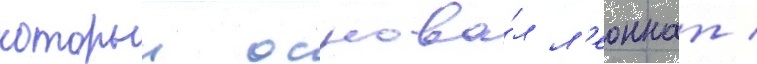
которыи основа́л л'еоннат /